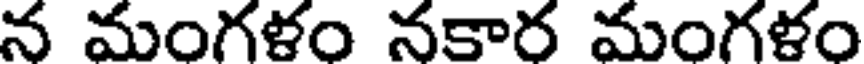
న మంగళం నకార మంగళం